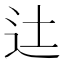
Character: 𨑒